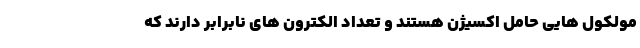
مولکول هایی حامل اکسیژن هستند و تعداد الکترون های نابرابر دارند که